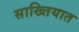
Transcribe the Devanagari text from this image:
साख्तियात